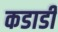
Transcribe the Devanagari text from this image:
कडाडी